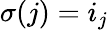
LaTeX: \sigma(j)=i_{j}